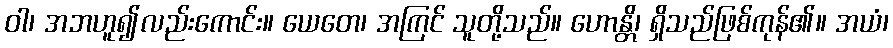
ဝါ၊ အဘဟူ၍လည်းကောင်း။ ယေတေ၊ အကြင် သူတို့သည်။ ဟောန္တိ၊ ရှိသည်ဖြစ်ကုန်၏။ အယံ၊